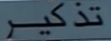
تذكر